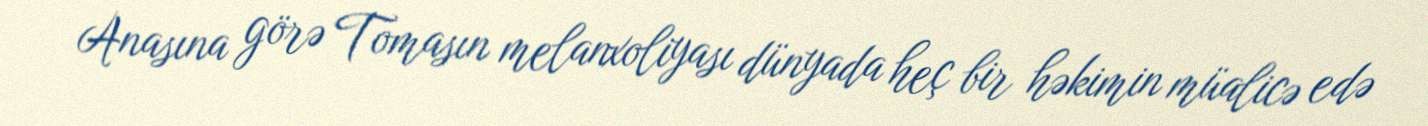
Anasına görə Tomasın melanxoliyası dünyada heç bir həkimin müalicə edə